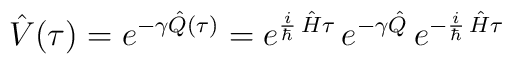
\hat V(\tau)=e^{-\gamma\hat Q(\tau)}= e^{\frac{i}{\hbar}\,\hat H\tau}\,e^{-\gamma \hat Q}\,e^{-\frac{i}{\hbar}\,\hat H\tau}